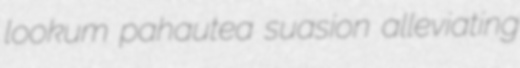
lookum pahautea suasion alleviating